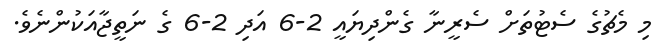
މި މެޗުގެ ސެޓުތަށް ސެރީނާ ގެންދިޔައީ 2-6 އަދި 2-6 ގެ ނަތީޖާއަކުންނެވެ.